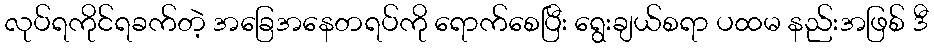
လုပ်ရကိုင်ရခက်တဲ့ အခြေအနေတရပ်ကို ရောက်စေပြီး ရွေးချယ်စရာ ပထမ နည်းအဖြစ် ဒီ